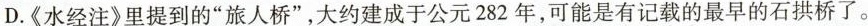
D.《水经注》里提到的”旅人桥”，大约建成于公元282年，可能是\underset{·}{有}\underset{·}{记}\underset{·}{载}的最早的石拱桥了。